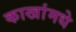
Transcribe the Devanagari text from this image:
काखांमधे